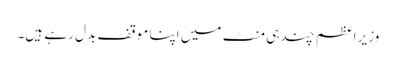
وزیر اعظم چند ہی منٹ میں اپنا موقف بدل رہے ہیں۔